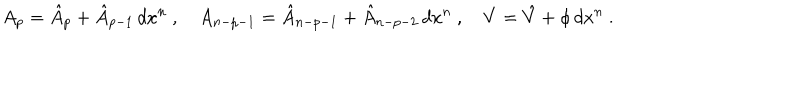
A _ { p } = \hat { A } _ { p } + \hat { A } _ { p - 1 } \, d x ^ { n } \ , \quad A _ { n - p - 1 } = \hat { A } _ { n - p - 1 } + \hat { A } _ { n - p - 2 } \, d x ^ { n } \ , \quad V = \hat { V } + \phi \, d x ^ { n } \ .